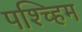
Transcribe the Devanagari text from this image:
पश्च्हिम